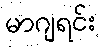
မာဂျရင်း